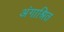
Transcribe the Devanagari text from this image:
अंगाश्रित